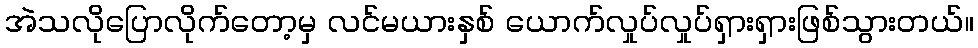
အဲသလိုပြောလိုက်တော့မှ လင်မယားနှစ် ယောက်လှုပ်လှုပ်ရှားရှားဖြစ်သွားတယ်။